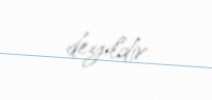
deyildir.